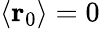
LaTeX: \langle\mathbf{r}_{0}\rangle=0